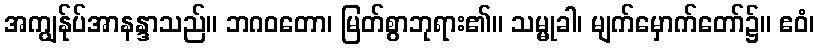
အကျွန်ုပ်အာနန္ဒာသည်။ ဘဂဝတော၊ မြတ်စွာဘုရား၏။ သမ္မုခါ၊ မျက်မှောက်တော်၌။ ဧဝံ၊